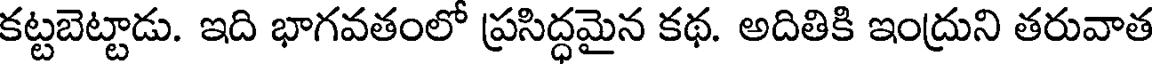
కట్టబెట్టాడు. ఇది భాగవతంలో ప్రసిద్ధమైన కథ. అదితికి ఇంద్రుని తరువాత